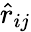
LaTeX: \hat{r}_{ij}